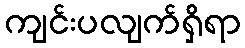
ကျင်းပလျက်ရှိရာ